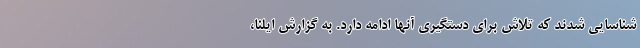
شناسایی شدند که تلاش برای دستگیری آنها ادامه دارد. به گزارش ایلنا،